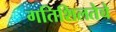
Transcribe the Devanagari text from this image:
गतिशिलतेचे